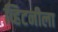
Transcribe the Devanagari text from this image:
व्हिटनीला